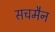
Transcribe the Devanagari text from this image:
सचमैन